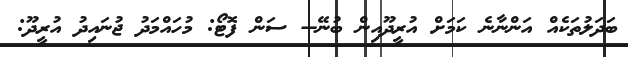
ބަދަލުތަކެއް އަންނާނެ ކަމަށް އުރީދޫއިން ބުނޭ-- ސަން ފޮޓޯ: މުހައްމަދު ޖުނައިދު އުރީދޫ: